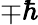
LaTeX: \mp\hbar